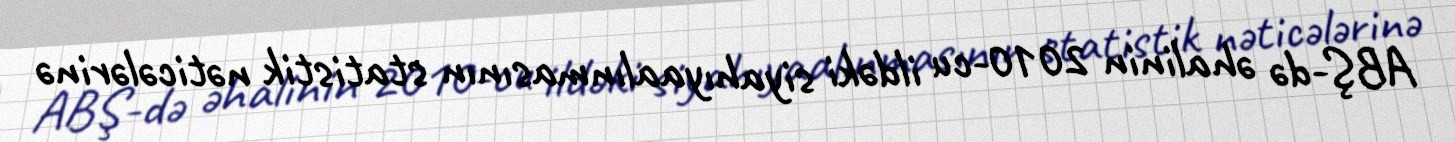
ABŞ-də əhalinin 2010-cu ildəki siyahıyaalınmasının statistik nəticələrinə